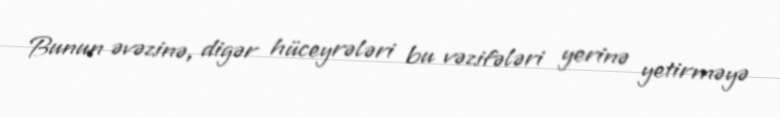
Bunun əvəzinə, digər hüceyrələri bu vəzifələri yerinə yetirməyə